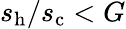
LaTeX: s_{\mathrm{h}}/s_{\mathrm{c}}<G